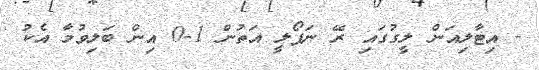
- އިޓާލިއަން ލީގުގައި ރޭ ނަޕޯލީ އަތުން 1-0 އިން ބަލިވުމާ އެކު